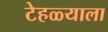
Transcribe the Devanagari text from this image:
टेहळ्याला